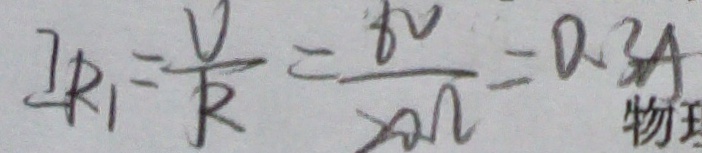
I _ { R _ { 1 } } = \frac { V } { R } = \frac { 6 v } { 2 0 \Omega } = 0 . 3 A